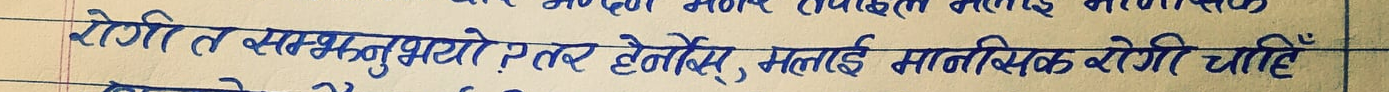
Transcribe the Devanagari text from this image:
रोगी त सम्झनुभयो ? तर हेर्नोस, मलाई मानसिक रोगी चाहिँ